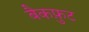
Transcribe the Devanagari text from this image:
बैकफ़ुट